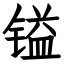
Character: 镒